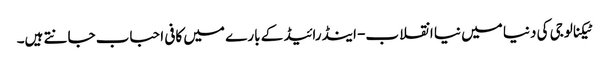
ٹیکنالوجی کی دنیا میں نیا انقلاب- اینڈرائیڈ کے بار ے میں کافی احباب جانتے ہیں۔